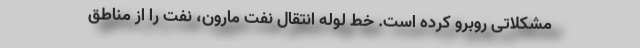
مشکلاتی روبرو کرده است. خط لوله انتقال نفت مارون، نفت را از مناطق